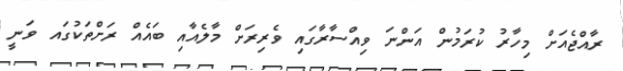
ރާއްޖެއަށް މިހާރު ކުރަމުން އަންނަ ވިއްސާރާގައި ވެރިރަށް މާލެއާއި ބައެއް ރަށްތަކުގައ ވަނީ